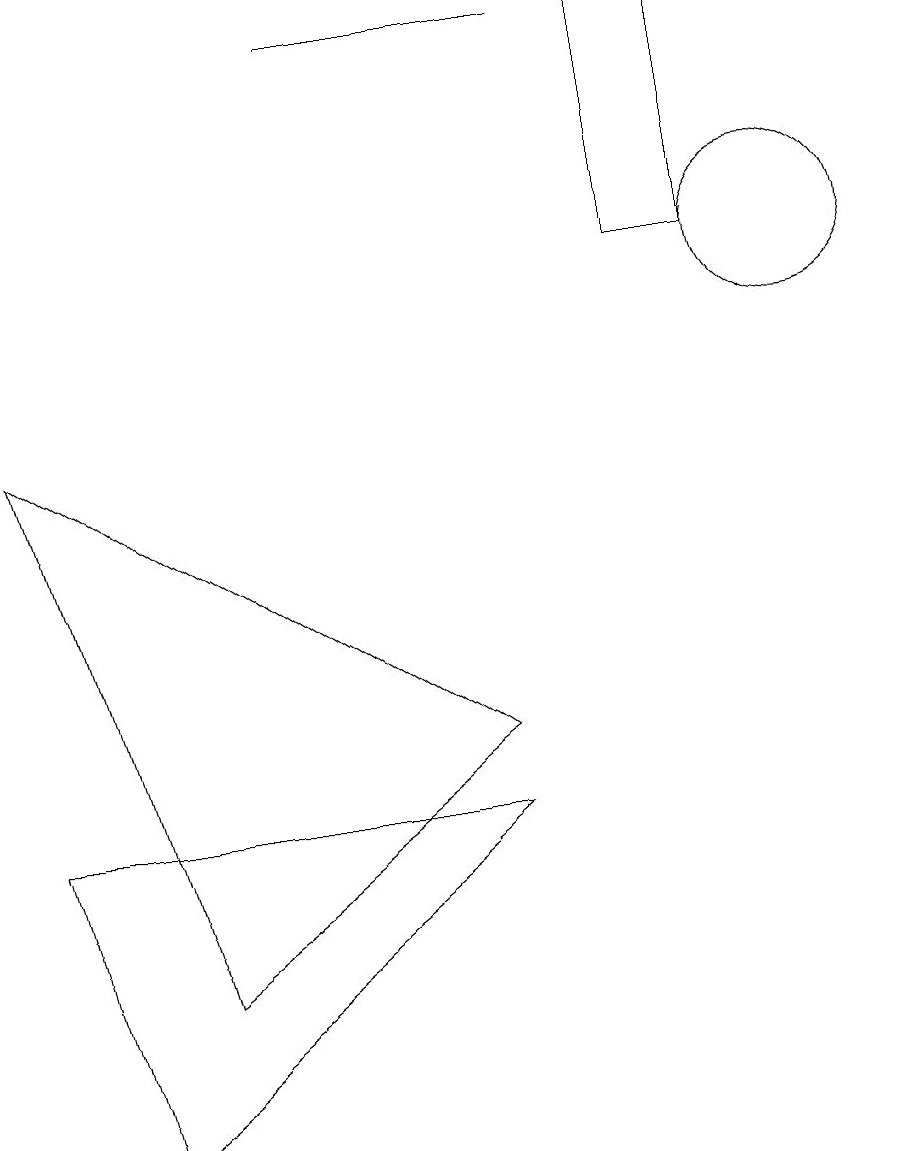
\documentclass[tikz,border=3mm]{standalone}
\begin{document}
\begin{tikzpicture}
\draw (1,0) -- (6,4) -- (0,4) -- cycle;
\draw (10,11) circle (1);
\draw (6,5) -- (2,2) -- (0,9) -- cycle;
\draw (8,14) rectangle (9,11);
\draw (4,14) rectangle (7,14);
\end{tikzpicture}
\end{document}